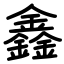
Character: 鑫